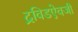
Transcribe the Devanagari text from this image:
द्रविडऐवजी